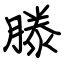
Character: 滕